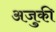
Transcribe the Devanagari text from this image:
अजुकी